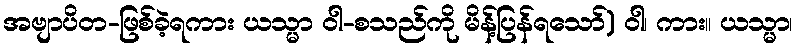
အဗျာပိတ-ဖြစ်ခဲ့ရကား ယသ္မာ ဝါ-စသည်ကို မိန့်ပြန်ရသော်) ဝါ၊ ကား။ ယသ္မာ၊